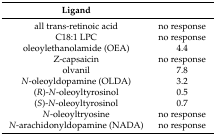
<table><thead><tr><td><b>Ligand</b></td><td>[EMPTY_CELL]</td></tr></thead><tbody><tr><td>all trans-retinoic acid</td><td>no response</td></tr><tr><td>C18:1 LPC</td><td>no response</td></tr><tr><td>oleoylethanolamide (OEA)</td><td>4.4</td></tr><tr><td>Z-capsaicin</td><td>no response</td></tr><tr><td>olvanil</td><td>7.8</td></tr><tr><td><i>N</i>-oleoyldopamine (OLDA)</td><td>3.2</td></tr><tr><td>(<i>R</i>)-<i>N</i>-oleoyltyrosinol</td><td>0.5</td></tr><tr><td>(<i>S</i>)-<i>N</i>-oleoyltyrosinol</td><td>0.7</td></tr><tr><td><i>N</i>-oleoyltryosine</td><td>no response</td></tr><tr><td><i>N</i>-arachidonyldopamine (NADA)</td><td>no response</td></tr></tbody></table>